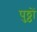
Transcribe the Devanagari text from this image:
पुठ्ठों